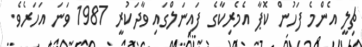
ޗިލީ އެންމެ ފަހުން ކޮޕާ އެމެރިކާގެ ފައިނަލްގައި ވާދަކުރީ 1987 ވަނަ އަހަރެވެ.